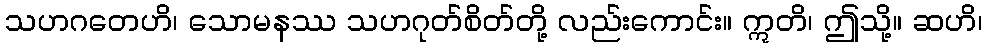
သဟဂတေဟိ၊ သောမနဿ သဟဂုတ်စိတ်တို့ လည်းကောင်း။ ဣတိ၊ ဤသို့။ ဆဟိ၊